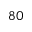
^ Ḋ 8 0 Ḍ